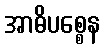
အာဓိပစ္စေန